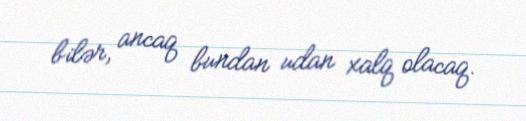
bilər, ancaq bundan udan xalq olacaq.